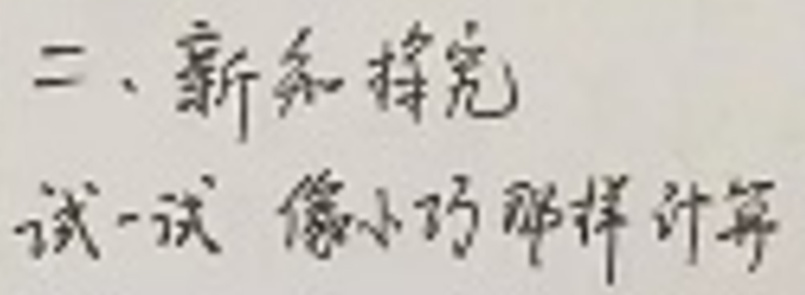
二、新和探究

试一试 像小巧那样计算